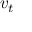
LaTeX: \mathbf { } v _ { t }